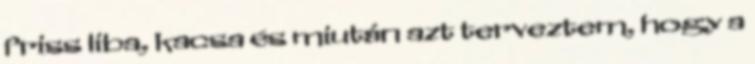
friss liba, kacsa és miután azt terveztem, hogy a